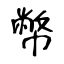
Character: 幣